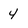
Character: 4